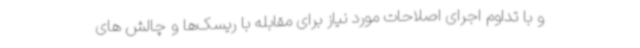
و با تداوم اجرای اصلاحات مورد نیاز برای مقابله با ریسک‌ها و چالش های